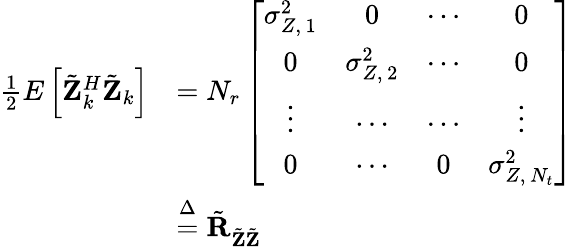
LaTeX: \begin{array}{rl}{\frac{1}{2}E\left[\tilde{\mathbf{Z}}_{k}^{H}\tilde{\mathbf{Z}}_{k}\right]}&{=N_{r}\left[\begin{array}{cccc}{\sigma_{Z,\, 1}^{2}}&{0}&{\cdots}&{0}\\ {0}&{\sigma_{Z,\, 2}^{2}}&{\cdots}&{0}\\ {\vdots}&{\cdots}&{\cdots}&{\vdots}\\ {0}&{\cdots}&{0}&{\sigma_{Z,\, N_{t}}^{2}}\end{array}\right]}\\ &{\stackrel{\Delta}{=}\tilde{\mathbf{R}}_{\tilde{\mathbf{Z}}\tilde{\mathbf{Z}}}}\end{array}